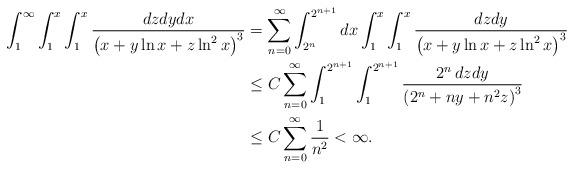
LaTeX: \begin{align*}\int_1^{\infty}\int_1^{x}\int_1^{x}\frac{dzdydx}{\left(x+y\ln x+z\ln^2 x\right)^3}&=\sum_{n=0}^{\infty}\int_{2^n}^{2^{n+1}} dx\int_1^{x}\int_1^{x}\frac{dzdy}{\left(x+y\ln x+z\ln^2 x\right)^3}\\&\leq C\sum_{n=0}^{\infty}\int_1^{2^{n+1}}\int_1^{2^{n+1}}\frac{2^n\, dzdy}{\left(2^{n}+ny+n^2z\right)^3}\\&\leq C\sum_{n=0}^{\infty}\frac{1}{n^2}<\infty.\end{align*}